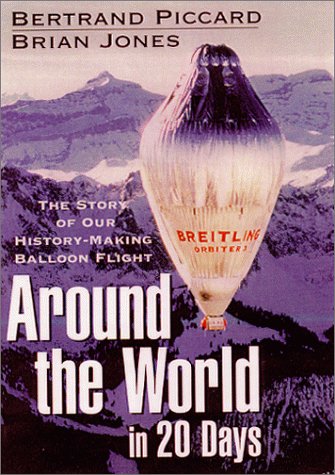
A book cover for Around the World in 20 Days : The Story of Our History-Making Balloon Flight; Bertrand Piccard; Sports & Outdoors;